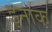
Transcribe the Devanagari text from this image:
इनाक